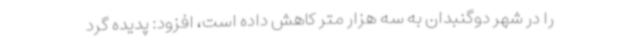
را در شهر دوگنبدان به سه هزار متر کاهش داده است، افزود: پدیده گرد